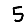
Digit: 5